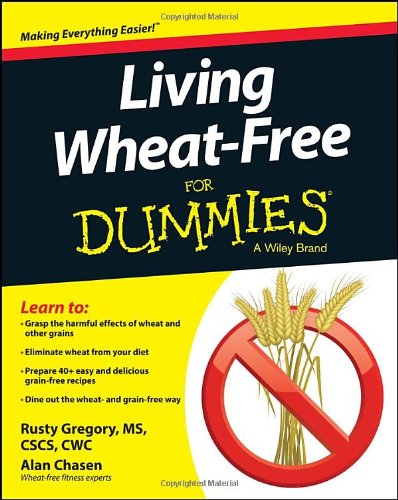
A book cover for Living Wheat-Free For Dummies; Rusty Gregory; Health, Fitness & Dieting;